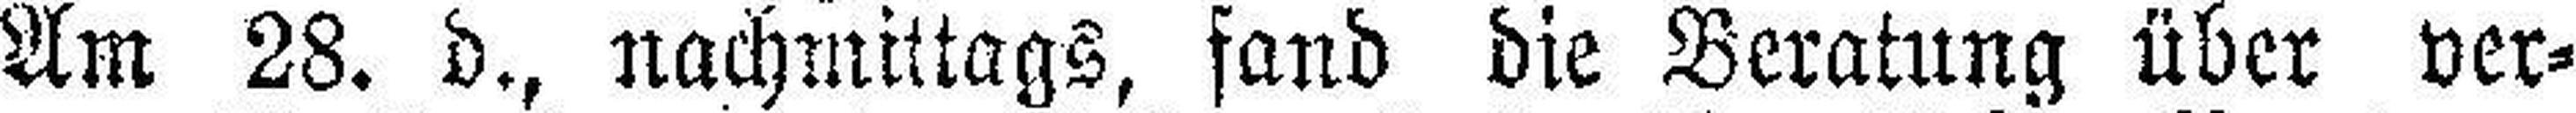
Am 28. d., nachmittags, fand die Beratung über ver¬